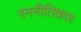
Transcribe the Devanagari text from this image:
रननीतिकार